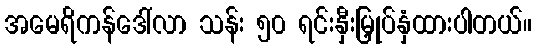
အမေရိကန်ဒေါ်လာ သန်း ၅၀ ရင်းနှီးမြှုပ်နှံထားပါတယ်။